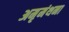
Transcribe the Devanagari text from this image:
अमृमंथना